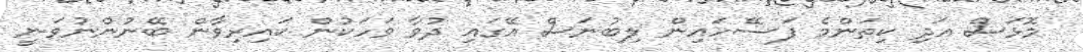
މޮޅަސް އަދި ކިތަންމެ ފަސޭހައިން ލިބުނަސް އޭގައި ދުވާ ވަހަކުން ކައިރިވާން ބޭނުންނުވަނީ